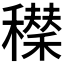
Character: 𥣆